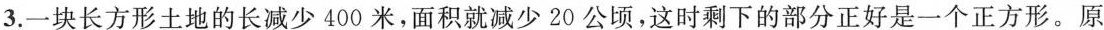
3.一块长方形土地的长减少400米，面积就减少20公顷，这时剩下的部分正好是一个正方形。原